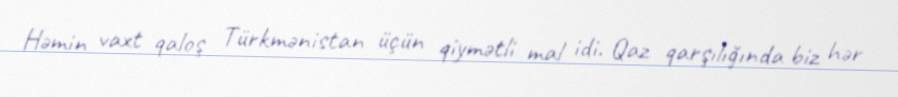
Həmin vaxt qaloş Türkmənistan üçün qiymətli mal idi. Qaz qarşılığında biz hər